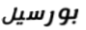
بورسيل